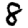
Digit: 8